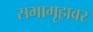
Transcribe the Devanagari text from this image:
सभागृहावर